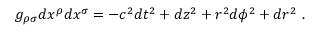
g _ { \rho \sigma } d x ^ { \rho } d x ^ { \sigma } = - c ^ { 2 } d t ^ { 2 } + d z ^ { 2 } + r ^ { 2 } d \phi ^ { 2 } + d r ^ { 2 } \ .